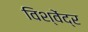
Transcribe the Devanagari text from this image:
विश्वेंद्र